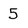
Character: 5